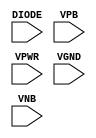
/**
 * Copyright 2020 The SkyWater PDK Authors
 *
 * Licensed under the Apache License, Version 2.0 (the "License");
 * you may not use this file except in compliance with the License.
 * You may obtain a copy of the License at
 *
 *     https://www.apache.org/licenses/LICENSE-2.0
 *
 * Unless required by applicable law or agreed to in writing, software
 * distributed under the License is distributed on an "AS IS" BASIS,
 * WITHOUT WARRANTIES OR CONDITIONS OF ANY KIND, either express or implied.
 * See the License for the specific language governing permissions and
 * limitations under the License.
 *
 * SPDX-License-Identifier: Apache-2.0
 */

`ifndef SKY130_FD_SC_HVL__DIODE_PP_SYMBOL_V
`define SKY130_FD_SC_HVL__DIODE_PP_SYMBOL_V

/**
 * diode: Antenna tie-down diode.
 *
 * Verilog stub (with power pins) for graphical symbol definition
 * generation.
 *
 * WARNING: This file is autogenerated, do not modify directly!
 */

`timescale 1ns / 1ps
`default_nettype none

(* blackbox *)
module sky130_fd_sc_hvl__diode (
    //# {{power|Power}}
    input DIODE,
    input VPB  ,
    input VPWR ,
    input VGND ,
    input VNB
);
endmodule

`default_nettype wire
`endif  // SKY130_FD_SC_HVL__DIODE_PP_SYMBOL_V